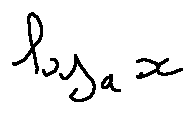
\log _ { a } x